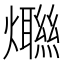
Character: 𤑿